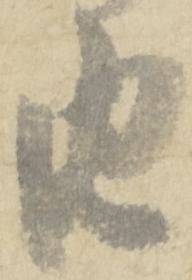
由